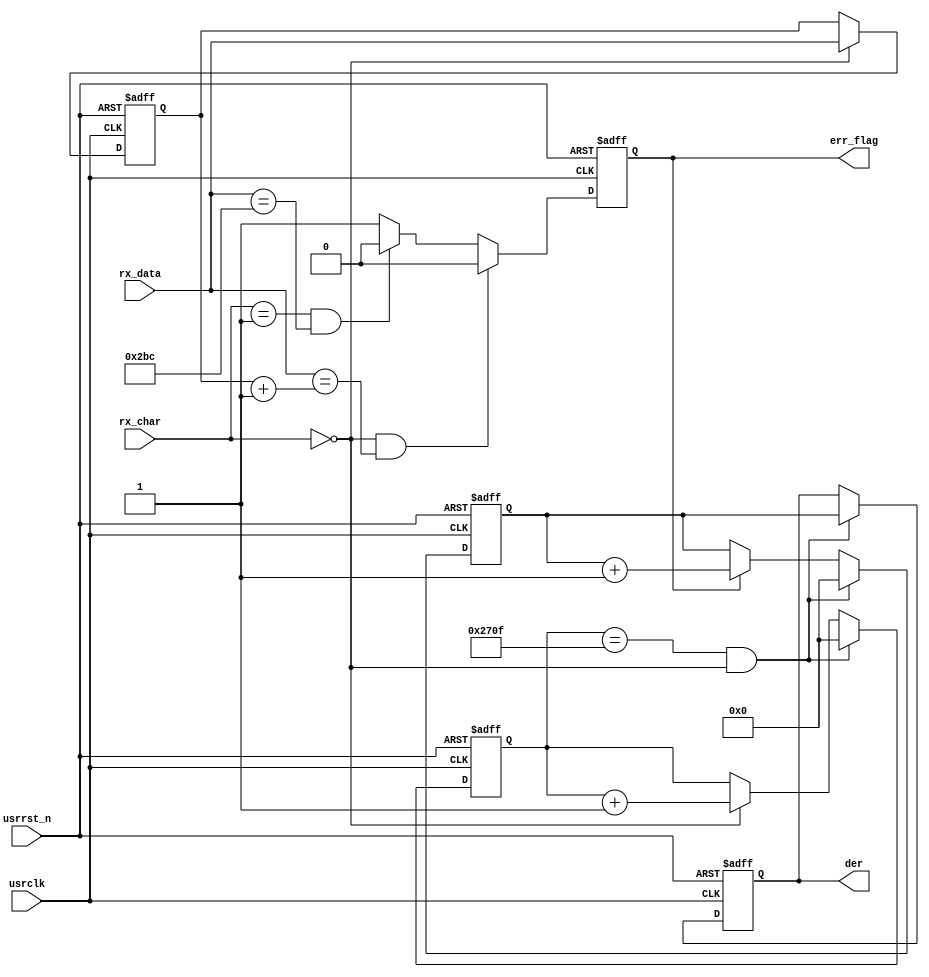
//////////////////////////////////////////////////////////////////////////////////
// Company: Fival Science & Technology Co., Ltd.
// 
// Design Name: 
// Module Name: tester_gtx_chk
// Project Name: tester_gtx
// Target Devices: k7 serials 
// Tool Versions: vivado 2016.4
// Description: 
// 
// Dependencies: 
// 
// Revision:
// Revision 0.01 - File Created
// Additional Comments:
// 
//////////////////////////////////////////////////////////////////////////////////
`timescale 1ns / 1ps
module tester_gtx_chk#
(
  parameter  IDLE      = 16'h02bc    
)
(
  input     [15:0]     rx_data,
  input     [ 1:0]     rx_char,
  input                usrclk ,
  input                usrrst_n,
  output               err_flag,  //data error flag   
  output    [15:0]     der        //data error rate   
);
  reg  [15:0]     rx_data_r;
  reg             data_err_flag ;        
  reg  [15:0]     data_err_rate ;  
  reg  [15:0]     err_cnt  ;
  reg  [15:0]     cnt_10000;
    
  always @ (posedge usrclk or negedge usrrst_n) begin
    if (~usrrst_n) begin
      rx_data_r  <= 16'b0;
    end 
    else begin
	    if (rx_char == 2'b0) begin    
	    	rx_data_r  <= rx_data;
	    end
	  end
  end    
    
  always @ (posedge usrclk or negedge usrrst_n) begin
    if (~usrrst_n) begin      
      data_err_flag <= 1'b0;
    end
    else begin
    	//receive data check
	    if (rx_char == 2'b00 && rx_data == rx_data_r+1'b1) begin    
	    	data_err_flag <= 1'b0;
	    end
	    //K character (IDLE) check
	    else if (rx_char == 2'b01 && rx_data == IDLE) begin   
	    	data_err_flag <= 1'b0;
	    end    
	    else begin
	    	data_err_flag <= 1'b1;
	    end 
	  end
  end  

  always @ (posedge usrclk or negedge usrrst_n) begin
  	if (~usrrst_n) begin
  		cnt_10000 <= 16'd0;
  	end
  	else begin
  		if (cnt_10000 == 16'd9_999 && rx_char == 1'b0) begin
  			cnt_10000 <= 16'd0;
  		end
  		else if (rx_char == 1'b0) begin
  			cnt_10000 <= cnt_10000 + 1'b1;
  		end
  	end
  end
    
  always @ (posedge usrclk or negedge usrrst_n) begin
  	if (~usrrst_n) begin
  		err_cnt <= 16'b0;
  	end
  	else begin
  		if (cnt_10000 == 16'd9_999 && rx_char == 1'b0) begin
  			err_cnt <= 16'b0;
  		end
  		//count error number
  		else if (data_err_flag == 1'b1) begin
  			err_cnt <= err_cnt + 1'b1;
  		end
  	end
  end
  
  always @ (posedge usrclk or negedge usrrst_n) begin
  	if (~usrrst_n) begin
  		data_err_rate <= 16'b0;
    end
    else begin
    	//number of error per 10000 data
    	if (cnt_10000 == 16'd9_999&&rx_char == 1'b0) begin
    		data_err_rate <= err_cnt;            
    	end
    end
  end
  
  assign err_flag     = data_err_flag;
  assign der          = data_err_rate;
endmodule